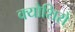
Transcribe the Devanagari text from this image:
क्योशिरो